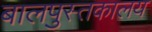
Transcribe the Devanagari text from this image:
बालपुस्तकालय